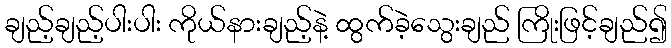
ချည့်ချည့်ပါးပါး ကိုယ်နားချည့်နဲ့ ထွက်ခဲ့သွေးချည် ကြိုးဖြင့်ချည်၍